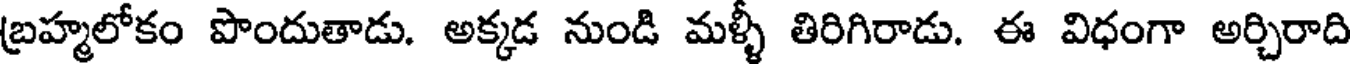
బ్రహ్మలోకం పొందుతాడు. అక్కడ నుండి మళ్ళీ తిరిగిరాడు. ఈ విధంగా అర్చిరాది